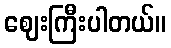
ဈေးကြီးပါတယ်။